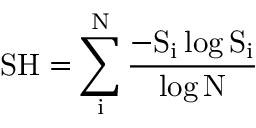
\mathrm { { S H } = \sum _ { i } ^ { N } \frac { - S _ { i } \log { S _ { i } } } { \log { N } } \, }